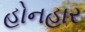
હોનહાર